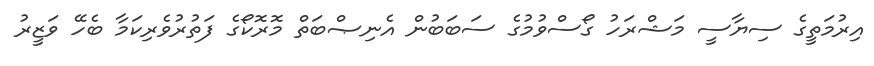
އިރުމަތީގެ ސިޔާސީ މަޝްރަހު ގޯސްވުމުގެ ސަބަބުން އެނިޞްބަތް މޮރޮކޯގެ ފަތުރުވެރިކަމާ ބެހޭ ވަޒީރު